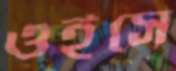
ওইসে